Veski_algkool, lk 20
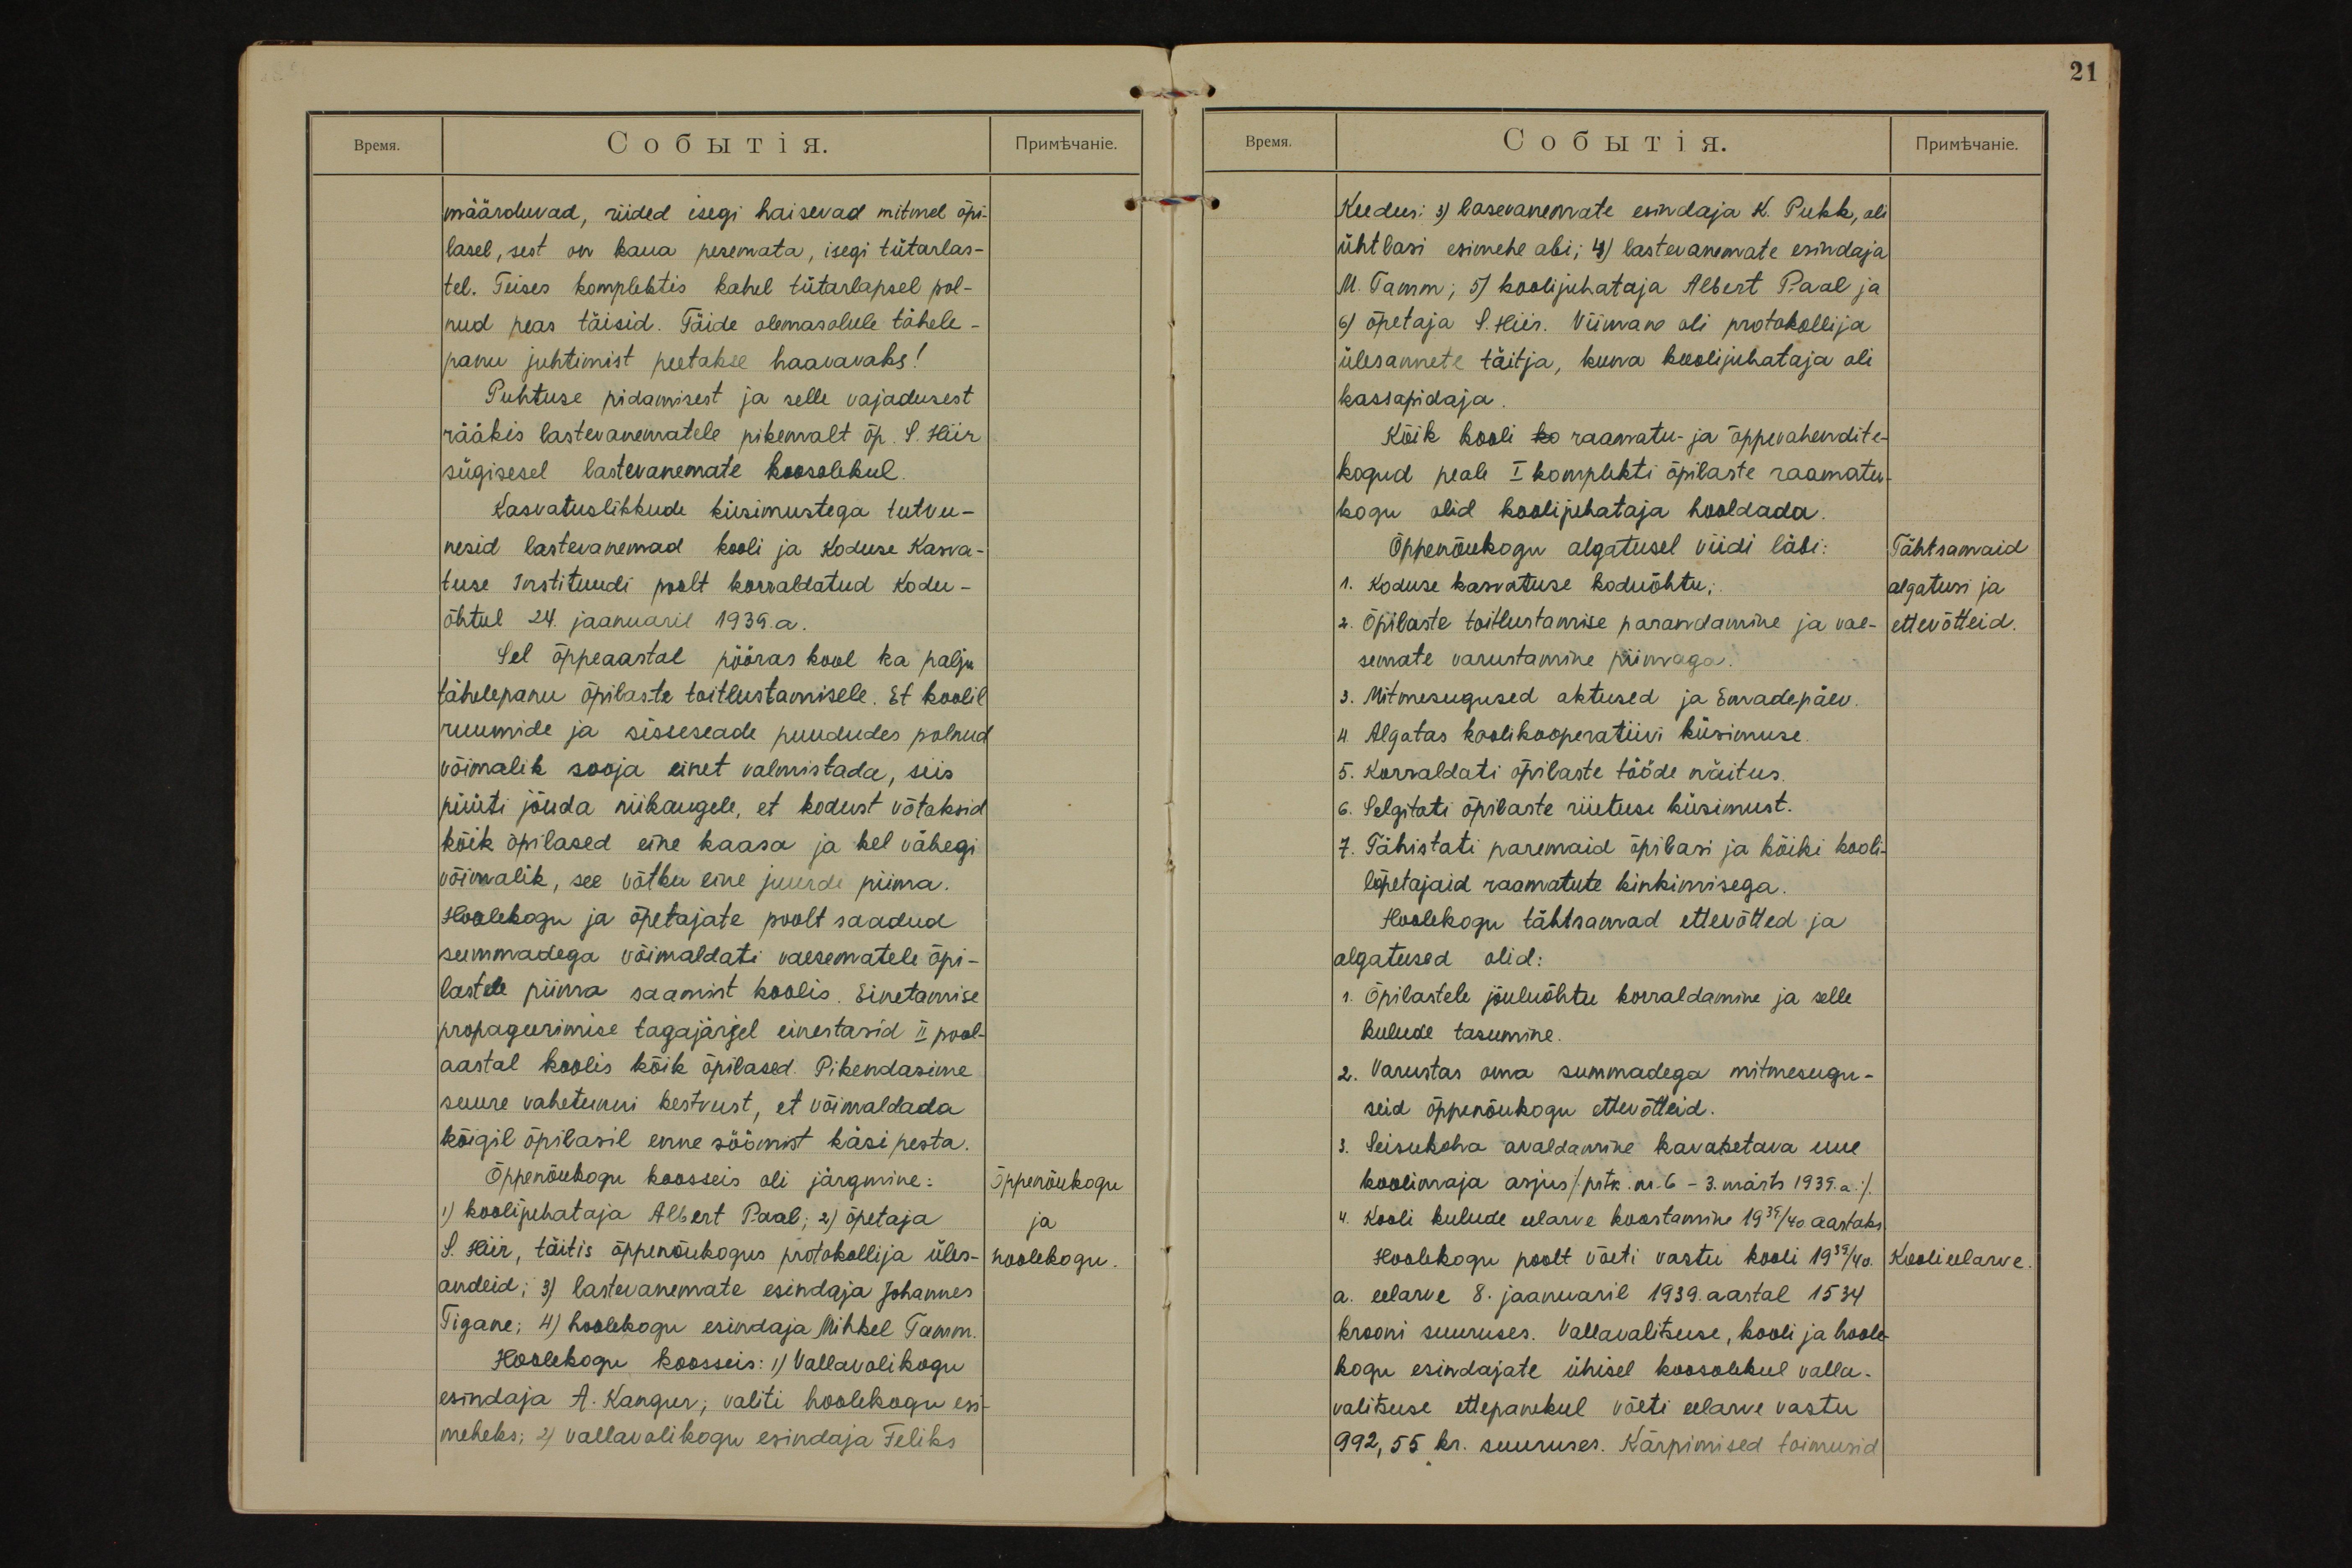
määrduvad, riided isegi haisevad mitmel õpi-
lasel, sest on kaua pesemata, isegi tütarlas-
tel. Teises komplektis kahel tütarlapsel pol-
nud peas täisid. Täide olemasolule tähele-
panu juhtimist peetakse haavavaks!
Puhtuse pidamisest ja selle vajadusest
rääkis lastevanematele pikemalt õp. S. Hiir
sügisesel lastevanemate koosolekul.
Kasvatuslikkude küsimustega tutvu-
nesid lastevanemad kooli ja Koduse Kasva-
tuse Instituudi poolt korraldatud Kodu-
õhtul 24. jaanuaril 1939.a.
Sel õppeaastal pööras kool ka palju
tähelepanu õpilaste toitlustamisele. Et koolil
ruumide ja sisseseade puududes polnud
võimalik sooja einet valmistada, siis
püüti jõuda niikaugele, et kodust võtaksid
kõik õpilased eine kaasa ja kel vähegi
võimalik, see võtku eine juurde piima.
Hoolekogu ja õpetajate poolt saadud
summadega võimaldati vaesematele õpi-
lastele piima saamist koolis. Einetamise
propageerimise tagajärjel einestasid II pool-
aastal koolis kõik õpilased. Pikendasime
suure vahetunni kestvust, et võimaldada
kõigil õpilasil enne söömist käsi pesta.
Õppenõukogu
ja
hoolekogu.
Õppenõukogu koosseis oli järgmine:
1) koolijuhataja Albert Paal; 2) õpetaja
S. Hiir, täitis õppenõukogus protokollija üles-
andeid; 3) lastevanemate esindaja Johannes
Tigane; 4) hoolekogu esindaja Mihkel Tamm.
Hoolekogu koosseis: 1) Vallavolikogu
esindaja A. Kangur; valiti hoolekogu esi-
meheks; 2) vallavolikogu esindaja Feliks

21
Keedus: 3) lasevanemate esindaja K. Pukk, oli
ühtlasi esimehe abi; 4) lastevanemate esindaja
M. Tamm; 5) koolijuhataja Albert Paal ja
6) õpetaja S. Hiir. Viimane oli protokollija
ülesannete täitja, kuna koolijuhataja oli
kassapidaja.
Kõik kooli ko raamatu- ja õppevahendite-
kogud peale I komplekti õpilaste raamatu-
kogu olid koolijuhataja hooldada.
Tähtsamaid
algatusi ja
ettevõtteid.
Õppenõukogu algatusel viidi läbi:
1. Koduse kasvatuse koduõhtu;
2. Õpilaste toitlustamise parandamine ja vae-
semate varustamine piimaga.
3. Mitmesugused aktused ja Emadepäev.
4. Algatas koolikooperatiivi küsimuse.
5. Korraldati õpilaste tööde näitus.
6. Selgitati õpilaste riietuse küsimust.
7. Tähistati paremaid õpilasi ja kõiki kooli-
lõpetajaid raamatute kinkimisega.
Hoolekogu tähtsamad ettevõtted ja
algatused olid:
1. Õpilastele jõuluõhtu korraldamine ja selle
kulude tasumine.
2. Varustas oma summadega mitmesugu-
seid õppenõukogu ettevõtteid.
3. Seisukoha avaldamine kavatsetava uue
koolimaja asjus (prtk. nr. 6 - 3. märts 1939. a.).
4. Kooli kulude eelarve koostamine 1939/40. aastaks.
Koolieelarve.
Hoolekogu poolt võeti vastu kooli 1939./40.
a. eelarve 8. jaanuaril 1939. aastal 1534
krooni suuruses. Vallavalitsuse, kooli ja hoole-
kogu esindajate ühisel koosolekul valla-
valitsuse ettepanekul võeti eelarve vastu
992,55 kr. suuruses. Kärpimised toimusid